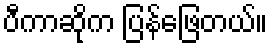
ပီကာဆိုက ပြန်ဖြေတယ်။